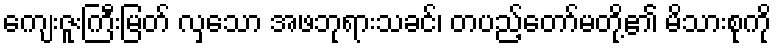
ကျေးဇူးကြီးမြတ် လှသော အဖဘုရားသခင်၊ တပည့်တော်မတို့၏ မိသားစုကို